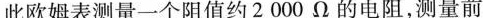
此欧姆表测量一个阻值约2000Ω的电阻，测量前